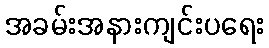
အခမ်းအနားကျင်းပရေး